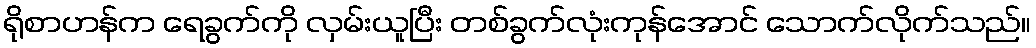
ရိုစာဟန်က ရေခွက်ကို လှမ်းယူပြီး တစ်ခွက်လုံးကုန်အောင် သောက်လိုက်သည်။